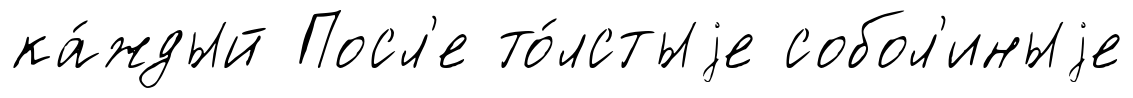
ка́ждый Посл'е то́лстыjе собол'иныjе